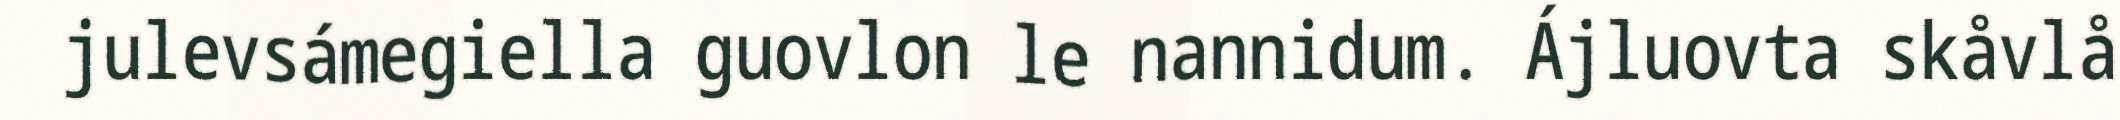
julevsámegiella guovlon le nannidum. Ájluovta skåvlå